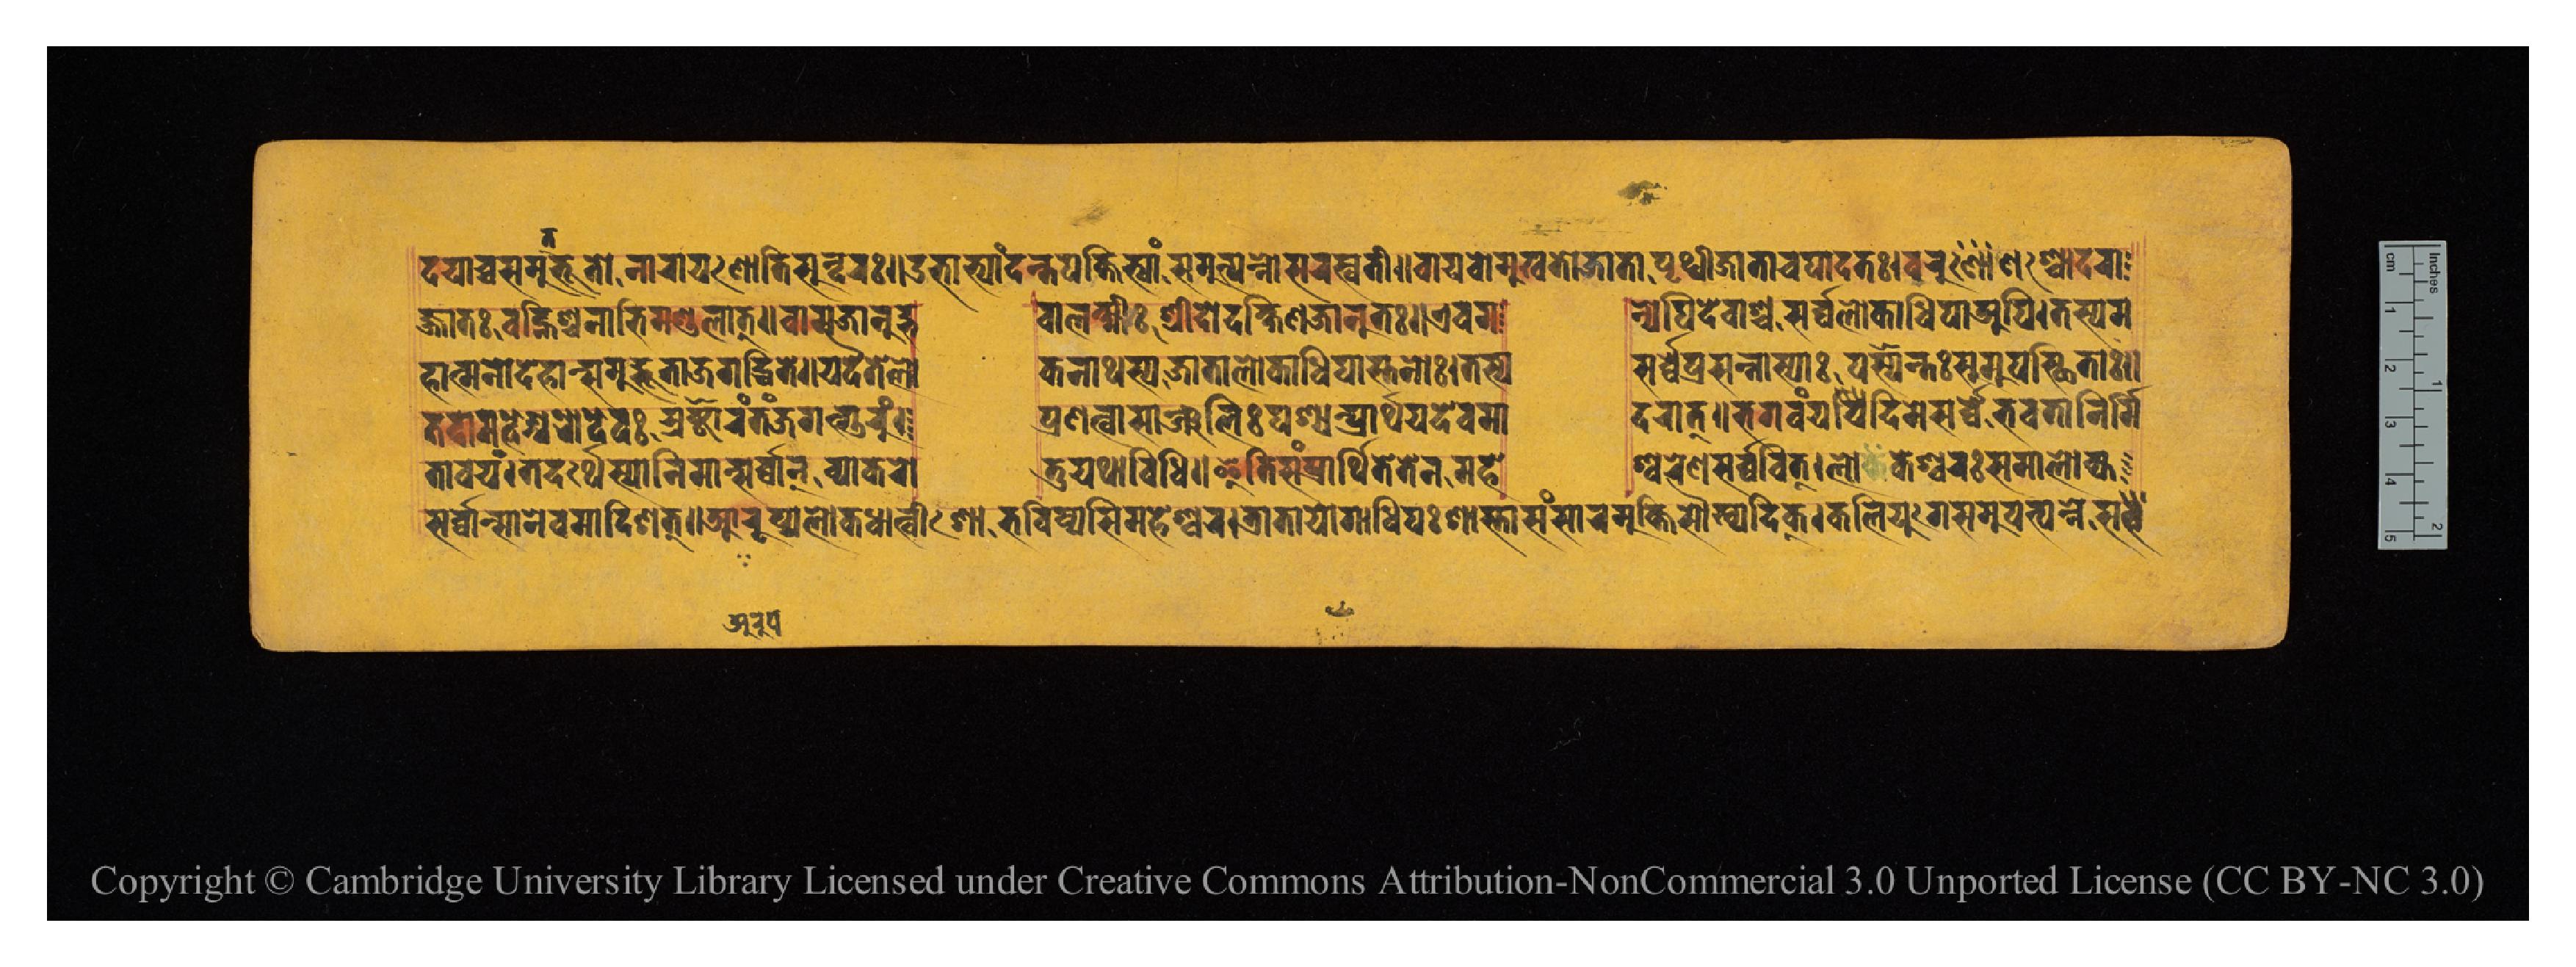
𑐡𑐫𑐵𑐔𑑂𑐔𑐳𑐩𑐸𑐡𑑂𑐨𑐹𑐟𑑀𑐣𑐵𑐬𑐵𑐫𑐞𑑀𑐟𑐶𑐳𑐸𑐣𑑂𑐡𑐬𑑅𑑋𑐄𑐨𑐵𑐨𑑂𑐫𑐵𑑄𑐡𑐣𑑂𑐟𑐥𑑄𑐎𑑂𑐟𑐶𑐨𑑂𑐫𑐵𑑄𑐳𑐩𑐸𑐟𑑂𑐥𑐸𑐣𑑂𑐣𑐵𑐳𑐬𑐳𑑂𑐰𑐟𑐷𑑋𑐰𑐵𑐫𑐸𑐰𑑀𑐩𑐸𑐏𑐟𑑀𑐖𑐵𑐟𑐵𑑅𑐥𑐺𑐠𑑂𑐰𑐷𑐖𑐵𑐟𑐵𑐔𑐥𑐵𑐡𑐟𑑅𑑋𑐰𑐬𑐸𑐞𑐱𑑂𑐔𑑀𑐡𑐬𑐵 𑐖𑑂𑐖𑐵𑐟𑑅𑐰𑐴𑑂𑐣𑐶𑐱𑑂𑐔𑐣𑐵𑐨𑐶𑐩𑐞𑑂𑐜𑐮𑐵𑐟𑑂𑑌𑐰𑐵𑐩𑐖𑐵𑐣𑐹𑐡𑑂𑐨  𑐰𑐵𑐮𑐎𑑂𑐲𑑂𑐩𑐷𑑅𑐱𑑂𑐬𑐷𑐡𑑀𑐡𑐎𑑂𑐲𑐶𑐞𑐖𑐵𑐣𑐸𑐟𑑅𑑋𑐊𑐰𑐩  𑐣𑑂𑐫𑐾𑐥𑐶𑐡𑐾𑐰𑐵𑐱𑑂𑐔𑐳𑐬𑑂𑐰𑑂𑐰𑐮𑑀𑐎𑐵𑐢𑐶𑐥𑐵𑐀𑐥𑐶𑑋𑐟𑐳𑑂𑐫𑐩 𑐴𑐵𑐟𑑂𑐩𑐣𑑀𑐡𑐾𑐴𑐵𑐟𑑂𑐳𑐩𑐸𑐡𑑂𑐨𑐹𑐟𑐵𑐖𑐐𑐡𑑂𑐢𑐶𑐌𑐟𑐾𑑌𑐫𑐡𑐿𑐟𑐾𑐮𑑀 𑐎𑐣𑐵𑐠𑐳𑑂𑐫𑐖𑐵𑐟𑐵𑐮𑑀𑐎𑐵𑐢𑐶𑐥𑐵𑐳𑑂𑐟𑐣𑑀𑑅𑑋𑐟𑐳𑑂𑐫  𑐳𑐬𑑂𑐰𑑂𑐰𑐾𑐥𑑂𑐬𑐳𑐣𑑂𑐣𑐵𑐳𑑂𑐫𑐵𑑅𑐥𑐱𑑂𑐫𑐣𑑂𑐟𑑅𑐳𑐩𑐸𑐥𑐳𑑂𑐠𑐶𑐟𑐵𑑅𑑌 𑐟𑐡𑐵𑐩𑐴𑐾𑐱𑑂𑐰𑐬𑑀𑐡𑐾𑐰𑑅𑐳𑑂𑐟𑑂𑐬𑐲𑑂𑐚𑐵𑐬𑑄𑐟𑑄𑐖𑐐𑐡𑑂𑐐𑐸𑐬𑐸𑑄𑑋  𑐥𑑂𑐬𑐞𑐟𑑂𑐰𑐵𑐳𑐵𑐘𑑂𑐖𑐮𑐶𑑅𑐥𑐱𑑂𑐫𑐣𑑂𑐥𑑂𑐬𑐵𑐬𑑂𑐠𑐫𑐡𑐾𑐰𑐩𑐵  𑐡𑐬𑐵𑐟𑑂𑑌𑐨𑐐𑐰𑐣𑑂𑐫𑐡𑐶𑐩𑐾𑐳𑐬𑑂𑐰𑑂𑐰𑐾𑐨𑐰𑐟𑐵𑐣𑐶𑐬𑑂𑐩𑐶 𑐳𑐬𑑂𑐰𑑂𑐰𑐵𑑄𑐣𑑂𑐳𑑂𑐟𑐵𑐣𑐾𑐰𑐩𑐵𑐡𑐶𑐱𑐟𑑂𑑌𑐁𑐬𑐸𑐥𑑂𑐫𑐮𑑀𑐎𑑂𑐢𑐵𑐟𑑂𑐰𑐷𑐱𑑀𑐨𑐰𑐶𑐲𑑂𑐫𑐳𑐶𑐩𑐴𑐾𑐱𑑂𑐰𑐬𑑋𑐟𑑂𑐬𑐵𑐟𑐵𑐫𑑀𑐐𑐵𑐢𑐶𑐥𑑅𑐱𑐵𑐳𑑂𑐟𑐵𑐳𑑄𑐳𑐵𑐬𑐩𑐸𑐎𑑂𑐟𑐶𑐳𑑁𑐏𑑂𑐫𑐡𑐶𑐎𑑂𑑋𑐎𑐮𑐶𑐫𑐸𑐐𑐾𑐳𑐩𑐸𑐟𑑂𑐥𑐸𑐣𑑂𑐣𑐾𑐳𑐟𑑂𑐰 𑐟𑐵𑐰𑐫𑑄𑑋𑐟𑐡𑐬𑑂𑐠𑐾𑐳𑑂𑐩𑐵𑐣𑐶𑐩𑐵𑐣𑑂𑐳𑐬𑑂𑐰𑑂𑐰𑐵𑐣𑑂𑐰𑑂𑐫𑐵𑐎𑐬𑑀  𑐟𑐸𑐫𑐠𑐵𑐰𑐶𑐢𑐶𑑌𑐂𑐟𑐶𑐳𑑄𑐥𑑂𑐬𑐵𑐬𑑂𑐠𑐶𑐟𑐾𑐟𑐾𑐣𑐩𑐴𑐾  𑐱𑑂𑐰𑐬𑐾𑐞𑐳𑐬𑑂𑐰𑑂𑐰𑐰𑐶𑐟𑑂𑑋𑐮𑑀𑐎𑐾𑐱𑑂𑐰𑐬𑑅𑐳𑐩𑐵𑐮𑑀𑐎𑑂𑐫